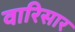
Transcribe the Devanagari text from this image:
वारिसार